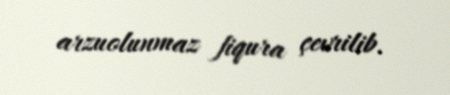
arzuolunmaz fiqura çevrilib.